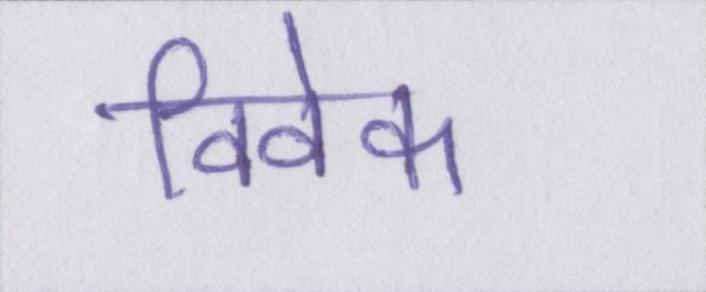
विवेक